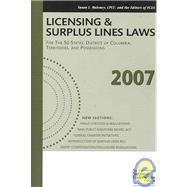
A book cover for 2007 Field Guide for P&c Agents and Practitioners; Engineering & Transportation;